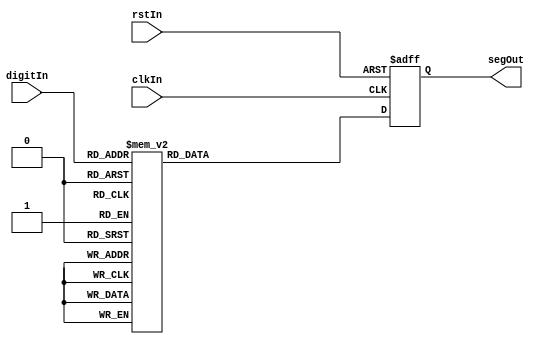
module seg_display (
    input clkIn,
    input rstIn,
    input [3:0] digitIn,
    output [6:0] segOut
);

  // A is the LSB and G is the MSB
  // 1's turn off the segment.
  // ----A----
  // |       |
  // F       B
  // |       |
  // |---G---|
  // |       |
  // E       C
  // |       |
  // ----D----
  
  reg [6:0] segR   = {7{1'b1}};
  reg [4:0] digitR = {4{1'b1}};

  assign segOut     = segR;

  always @ (posedge rstIn, posedge clkIn) begin
    if (rstIn == 1) begin
      segR <= 7'hFF;
    end

    else if (clkIn == 1) begin
      case (digitIn)
        4'h0 : segR <= 7'h40;
        4'h1 : segR <= 7'h79;
        4'h2 : segR <= 7'h24;
        4'h3 : segR <= 7'h30;
        4'h4 : segR <= 7'h19;
        4'h5 : segR <= 7'h12;
        4'h6 : segR <= 7'h02;
        4'h7 : segR <= 7'h78;
        4'h8 : segR <= 7'h00;
        4'h9 : segR <= 7'h10;
        4'hA : segR <= 7'h08;
        4'hB : segR <= 7'h03;
        4'hC : segR <= 7'h46;
        4'hD : segR <= 7'h21;
        4'hE : segR <= 7'h06;
        4'hF : segR <= 7'h0E;

        default : segR <= 7'hBF;
      endcase
    end
  end  
endmodule